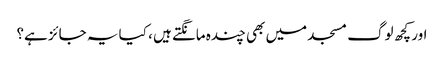
اور کچھ لوگ مسجد میں بھی چندہ مانگتے ہیں ، کیا یہ جائز ہے؟